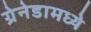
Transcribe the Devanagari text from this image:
ग्रेनेडामध्ये